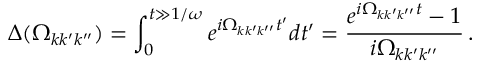
\Delta ( \Omega _ { k k ^ { \prime } k ^ { \prime \prime } } ) = \int _ { 0 } ^ { t \gg 1 / \omega } e ^ { i \Omega _ { k k ^ { \prime } k ^ { \prime \prime } } t ^ { \prime } } d t ^ { \prime } = { \frac { e ^ { i \Omega _ { k k ^ { \prime } k ^ { \prime \prime } } t } - 1 } { i \Omega _ { k k ^ { \prime } k ^ { \prime \prime } } } } \, .